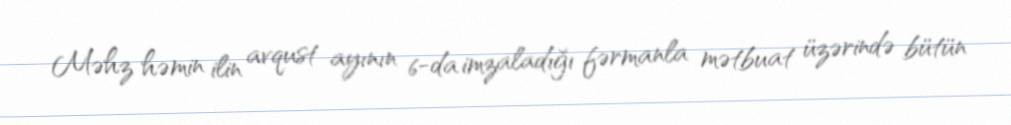
Məhz həmin ilin avqust ayının 6-da imzaladığı fərmanla mətbuat üzərində bütün